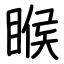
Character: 睺